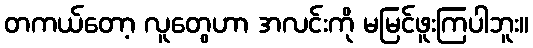
တကယ်တော့ လူတွေဟာ အလင်းကို မမြင်ဖူးကြပါဘူး။